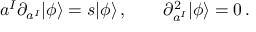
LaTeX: a ^ { I } \partial _ { a ^ { I } } | \phi \rangle = s | \phi \rangle \, , \qquad \partial _ { a ^ { I } } ^ { 2 } | \phi \rangle = 0 \, .